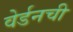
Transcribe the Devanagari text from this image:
वेर्डनची